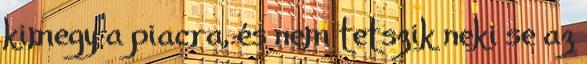
kimegy a piacra, és nem tetszik neki se az